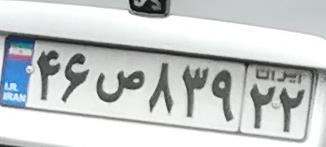
۴۶ص۸۳۹۲۲